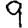
Digit: 9